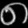
Digit: ၈